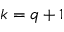
k = q + 1